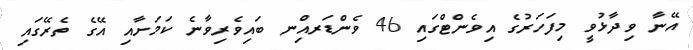
އޭނާ ވިދާޅުވީ މިފަހަރުގެ އިވެންޓްގައި 46 ވެންޑަރއިްނ ބައިވެރިވާނެ ކަމަށާއި އޭގެ ތެރޭގައި